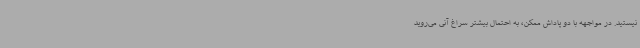
نیستید. در مواجهه با دو پاداش ممکن، به احتمال بیشتر سراغ آنی می‌روید